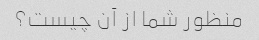
منظور شما از آن چیست؟